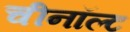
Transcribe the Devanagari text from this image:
चीनॉल्ट